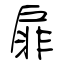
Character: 扉